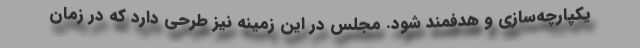
یکپارچه‌سازی و هدفمند شود. مجلس در این زمینه نیز طرحی دارد که در زمان